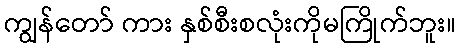
ကျွန်တော် ကား နှစ်စီးစလုံးကိုမကြိုက်ဘူး။